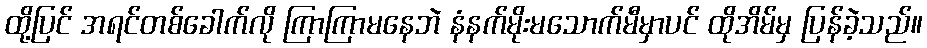
ထို့ပြင် အရင်တစ်ခေါက်လို ကြာကြာမနေဘဲ နံနက်မိုးမသောက်မီမှာပင် ထိုအိမ်မှ ပြန်ခဲ့သည်။